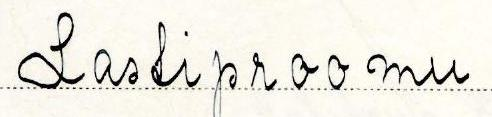
Lastiproomu